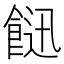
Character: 䭀